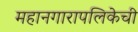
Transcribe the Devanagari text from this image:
महानगारापलिकेची